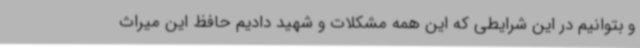
و بتوانیم در این شرایطی که این همه مشکلات و شهید دادیم حافظ این میراث